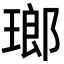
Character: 瑯